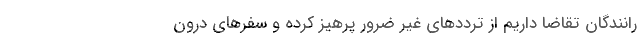
رانندگان تقاضا داریم از ترددهای غیر ضرور پرهیز کرده و سفرهای درون